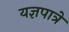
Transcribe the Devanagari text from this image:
यज्ञपात्रे